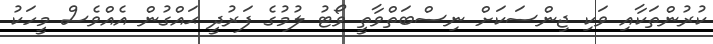
ކުރުންތަކާއި ވަކި ޖިންސަކަށް ނިސްބަތްވާތީ ވޯޓު ލުމުގެ ފަރުދީ ޙައްގުން އެއްވެސް މީހަކު